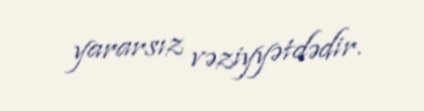
yararsız vəziyyətdədir.